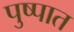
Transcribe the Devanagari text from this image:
पुष्पात